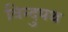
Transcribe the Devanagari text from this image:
विन्दुपथ